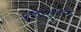
કલાફલક